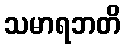
သမာရဘတိ